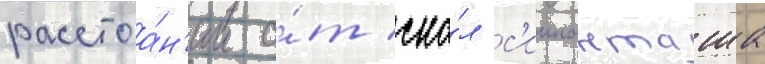
расстоа́н'ии о́т ска́л с'иипанташа